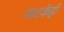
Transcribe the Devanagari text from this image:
फटकेही